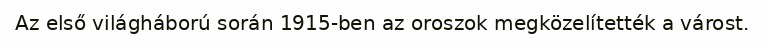
Az első világháború során 1915-ben az oroszok megközelítették a várost.